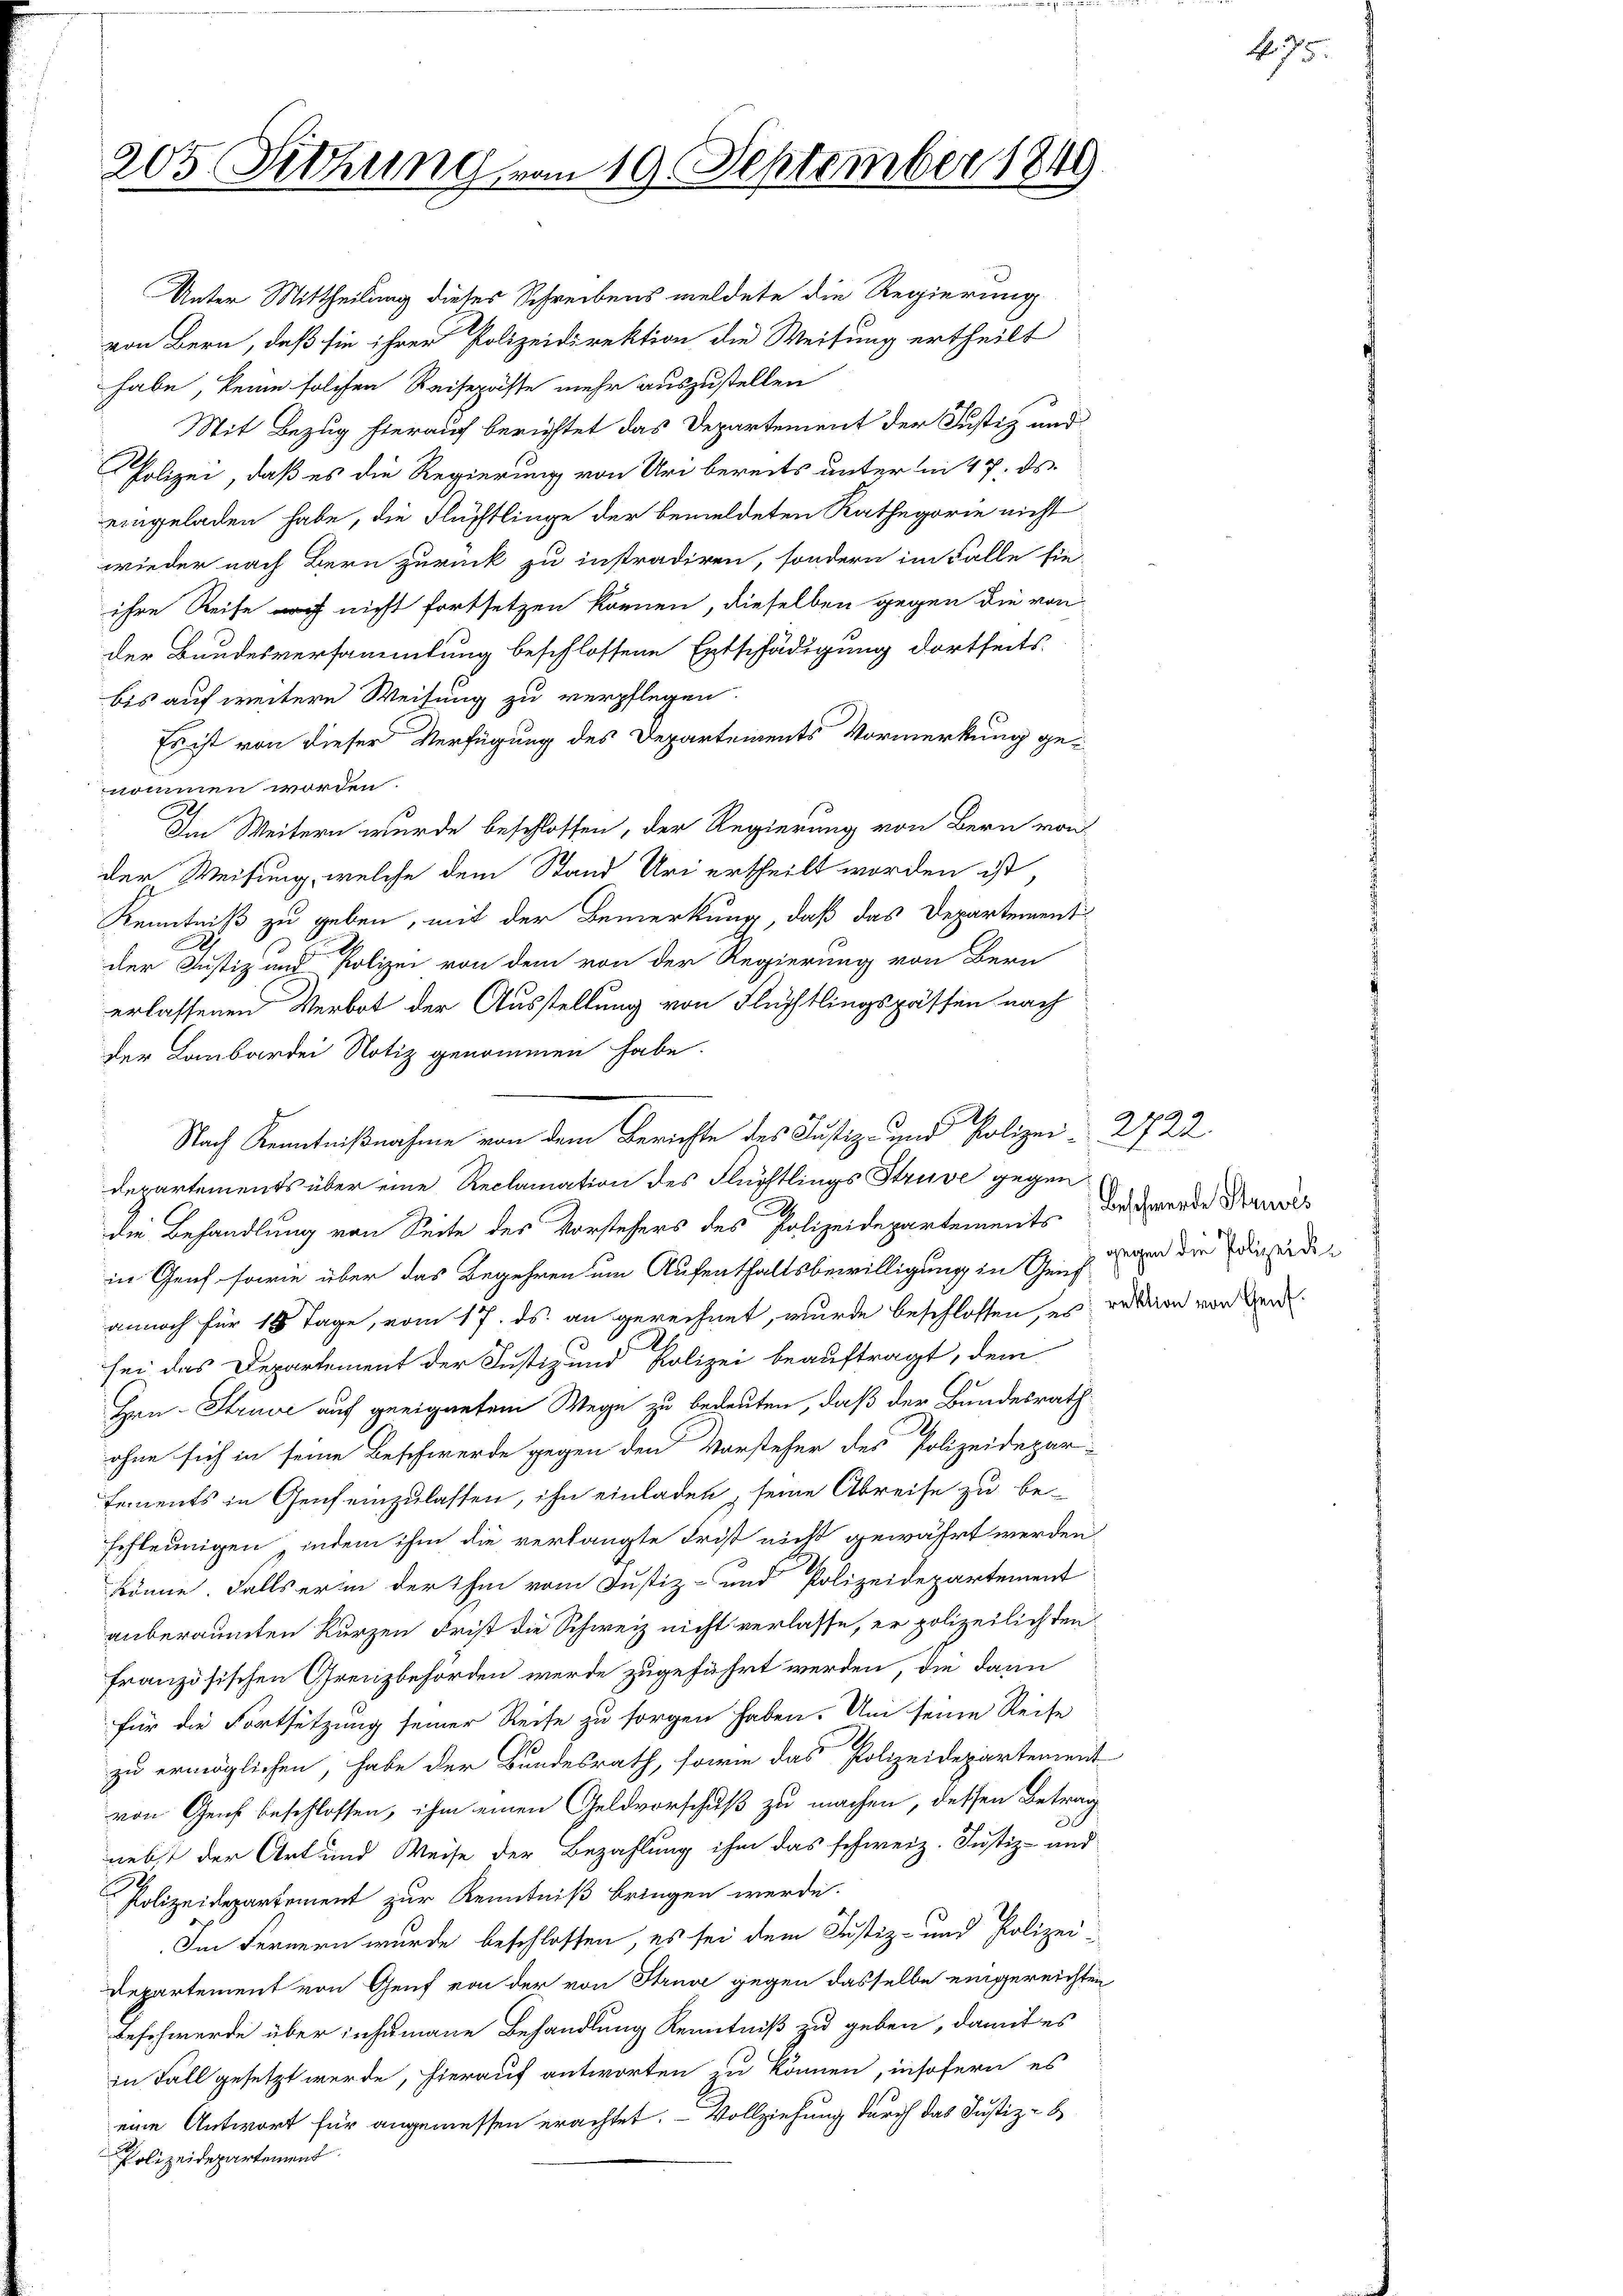
205 Sitzung vom 19. September 1849

Unter Mittheilung dieses Schreibens meldete die Regierung
von Bern, daß sie ihrer Polizeidirektion die Weisung ertheilt
habe, keine solchen Reisepässe mehr auszustellen
Mit Bezug hierauf berichtet das Departement der Justiz und
Polizei, daß es die Regierung von Uri bereits unter mi 47. ds
eingeladen habe, die Flüchtlinge der bemeldeten Kathegorie nicht
wieder nach Bern zurück zu instradiren, sondern im Falle sie-
ihre Reise noch nicht fortsetzen können, dieselben gegen die von
der Bundesversammlung beschlossene Entschädigung dortseits
bis auf weitere Weisung zu verpflegen.
Es ist von dieser Verfügung des Departements Vormerkung genommen worden.
Im Weitern wurde beschlossen, der Regierung von Bern von
der Weisung, welche dem Stand Uri ertheilt worden ist,
Kenntniß zu geben, mit der Bemerkung, daß das Departement
.
der Justiz und Polizei von dem von der Regierung von Bern
erlassenen Verbot der Ausstellung von Flüchtlingspassen nach
der Laubartei Notiz genommen habe.
Nach Kenntnißnahme von dem Berichte des Justiz- und Polizei- 2722
derartements über eine Reclamation des Flüchtlings Struve gegen
die Behandlung von Seite des Vorstehers des Polizeidepartements
in Genf sowie über das Begehren um Aufenthaltsbewilligung in Genf
annoch für 14 Tage, vom 17. ds. an gerechnet, wurde beschlossen, es
sei das Departement der Justiz und Polizei beauftragt, dem
Hrn. Struve auf geeignetem Wege zu bedeuten, daß der Bundesrath
ohne sich in seine Beschwerde gegen den Vorsteher des Polizeidepar-
Fements in Genf einzulassen, ihn einladen, seine Abreise zu besohleunigen, indem ihm die verlangte Frist nicht gewährt werden,
könne. Falls er in der ihm vom Justiz- und Polizeidepartement
anberaumten Kurzen Frist die Schweiz nicht verlasse, er polizeilichten
französischen Grenzbehörden werde zugeführt werden, die dann
für die Fortsetzung seiner Reise zu sorgen haben. Um seine Reise
zu ermöglichen, habe der Bundesrath, sowie das Polizeidepartement
von Genf beschlossen, ihm einen Geldvorschuß zu machen, dessen Betrag
nebst der Art und Weise der Bezahlung ihm das schweiz. Justiz- und
Polizeidepartement zur Kenntniß bringen werde.
Im Fernern wurde beschlossen, es sei dem Justiz- und Polizei-
Departement von Genf von der von Strude gegen dasselbe eingereichten
Beschwerde über insamane Behandlung Kenntniß zu geben, damit es
in Fall gesetzt werde, hierauf antworten zu können, insofern es
eine Antwort für angemessen erachtet. Vollziehung durch das Justiz- B
Polizeidepartement

Beschwerde Struvis
gegen die Polizeidirektion von Genf

No. 75.